画像に写った文字を読んでください
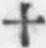
「十」と書いてあります